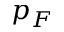
p _ { F }